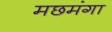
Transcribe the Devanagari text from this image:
मछमंगा